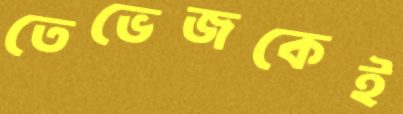
তেভেজকেই